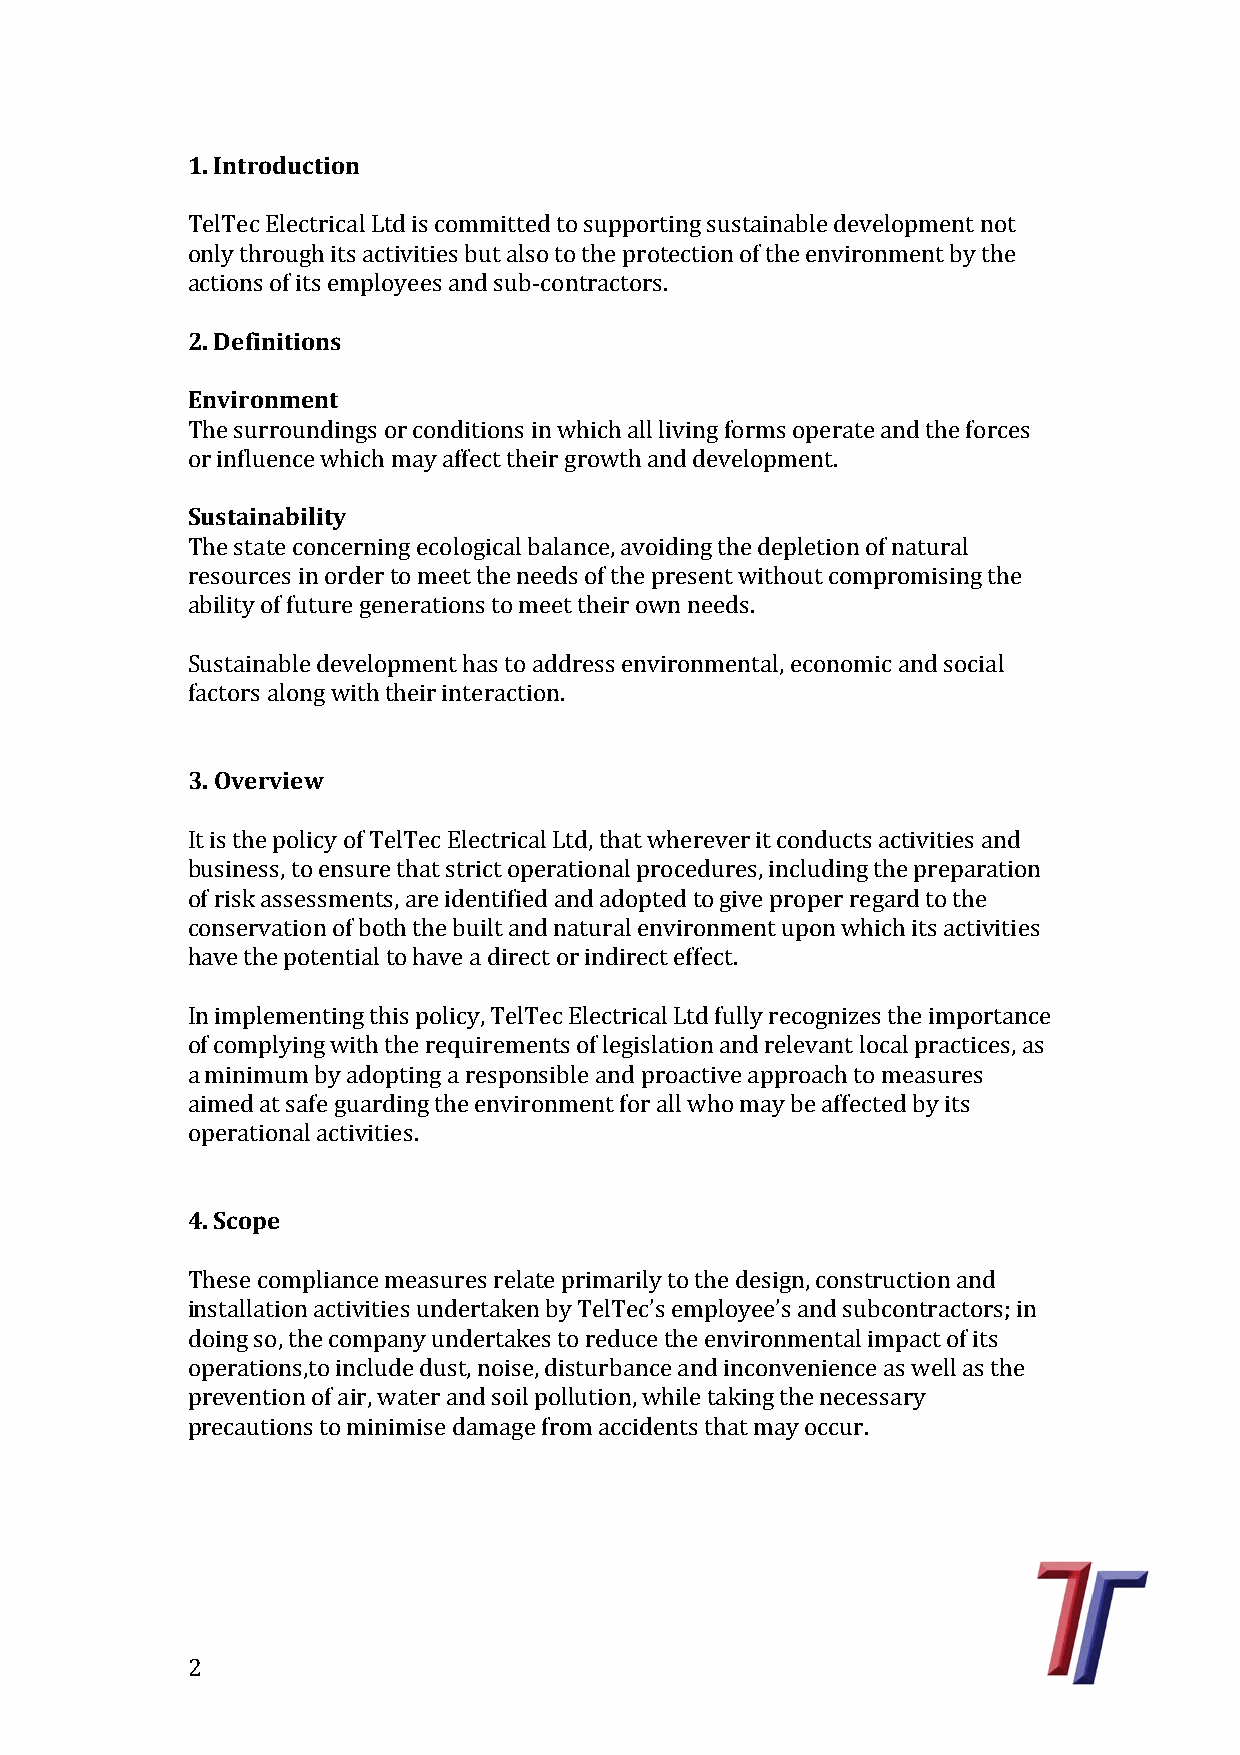
1. Introduction
 TelTec Electrical Ltd is committed to supporting sustainable development not
 only through its activities but also to the protection of the environment by the
 a2c. tDioenfisn oift iiotsn esm ployees and sub-contractors.
 Environment
 The surroundings or conditions in which all living forms operate and the forces
 oSur sintafliuneanbciel iwtyh ich may affect their growth and development.
 The state concerning ecological balance, avoiding the depletion of natural
 resources in order to meet the needs of the present without compromising the
 ability of future generations to meet their own needs.
 Sustainable development has to address environmental, economic and social
 factors along with their interaction.
 3. Overview
 It is the policy of TelTec Electrical Ltd, that wherever it conducts activities and
 business, to ensure that strict operational procedures, including the preparation
 of risk assessments, are identified and adopted to give proper regard to the
 conservation of both the built and natural environment upon which its activities
 have the potential to have a direct or indirect effect.
 In implementing this policy, TelTec Electrical Ltd fully recognizes the importance
 of complying with the requirements of legislation and relevant local practices, as
 a minimum by adopting a responsible and proactive approach to measures
 aimed at safe guarding the environment for all who may be affected by its
 operational activities.
 4. Scope
 These compliance measures relate primarily to the design, construction and
 installation activities undertaken by TelTec’s employee’s and subcontractors; in
 doing so, the company undertakes to reduce the environmental impact of its
 operations,to include dust, noise, disturbance and inconvenience as well as the
 prevention of air, water and soil pollution, while taking the necessary
 precautions to minimise damage from accidents that may occur.
 2